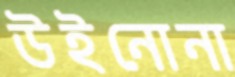
উইনোনা